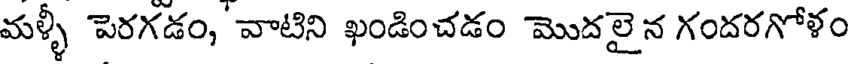
మళ్ళీ పెరగడం, వాటిని ఖండించడం మొదలైన గందరగోళం